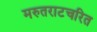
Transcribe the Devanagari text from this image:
मरुतराटचरित